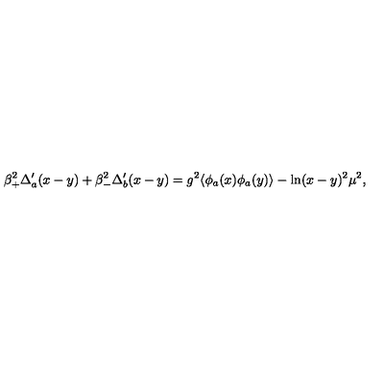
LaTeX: \beta _ { + } ^ { 2 } \Delta _ { a } ^ { \prime } ( x - y ) + \beta _ { - } ^ { 2 } \Delta _ { b } ^ { \prime } ( x - y ) = g ^ { 2 } \langle \phi _ { a } ( x ) \phi _ { a } ( y ) \rangle - \ln ( x - y ) ^ { 2 } \mu ^ { 2 } ,